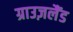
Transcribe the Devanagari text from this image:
ग्राउज़लैंड